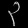
Digit: ၃